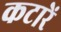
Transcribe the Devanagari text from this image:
कटारें